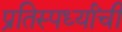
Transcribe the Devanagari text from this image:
प्रतिस्पर्ध्यांची